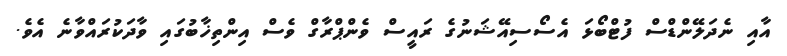
އާއި ނެދަލޭންޑްސް ފުޓްބޯޅަ އެސޯސިއޭޝަނުގެ ރައީސް ވެންޕްރާގް ވެސް އިންތިޚާބުގައި ވާދަކުރައްވާނެ އެވެ.